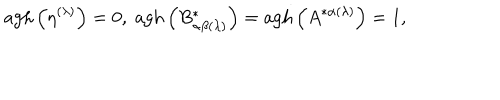
LaTeX: \mathrm { a g h } \left( \eta ^ { ( \lambda ) } \right) = 0 , \; \mathrm { a g h } \left( B _ { \alpha \beta ( \lambda ) } ^ { * } \right) = \mathrm { a g h } \left( A ^ { * \alpha ( \lambda ) } \right) = 1 ,